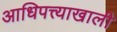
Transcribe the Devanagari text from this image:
आधिपत्त्याखाली